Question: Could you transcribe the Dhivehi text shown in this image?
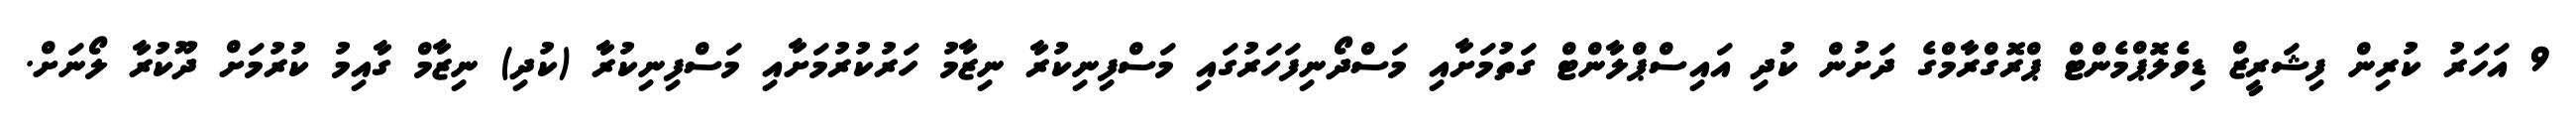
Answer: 9 އަހަރު ކުރިން ފިޝަރީޒް ޑިވެލޮޕްމެންޓް ޕްރޮގްރާމްގެ ދަށުން ކުދި އައިސްޕްލާންޓް ގަތުމަށާއި މަސްދޯނިފަހަރުގައި މަސްފިނިކުރާ ނިޒާމު ހަރުކުރުމަށާއި މަސްފިނިކުރާ (ކުދި) ނިޒާމް ގާއިމު ކުރުމަށް ދޫކުރާ ލޯނަށް.